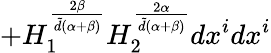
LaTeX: +H_{1}^{\frac{2\beta}{{\tilde{d}}(\alpha+\beta)}}H_{2}^{\frac{2\alpha}{{\tilde{d}}(\alpha+\beta)}}dx^{i}dx^{i}